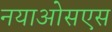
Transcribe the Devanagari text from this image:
नयाओसएस